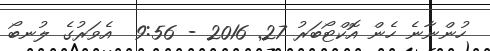
ހުންނާނެ ހެން އޮކްޓޯބަރު 27